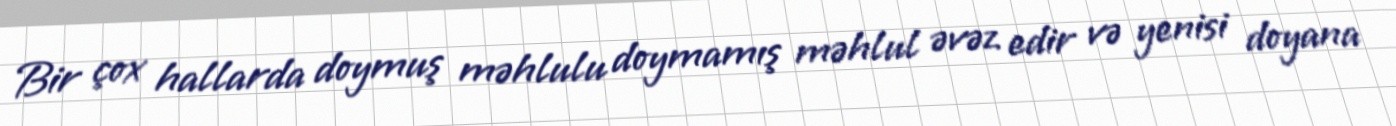
Bir çox hallarda doymuş məhlulu doymamış məhlul əvəz edir və yenisi doyana